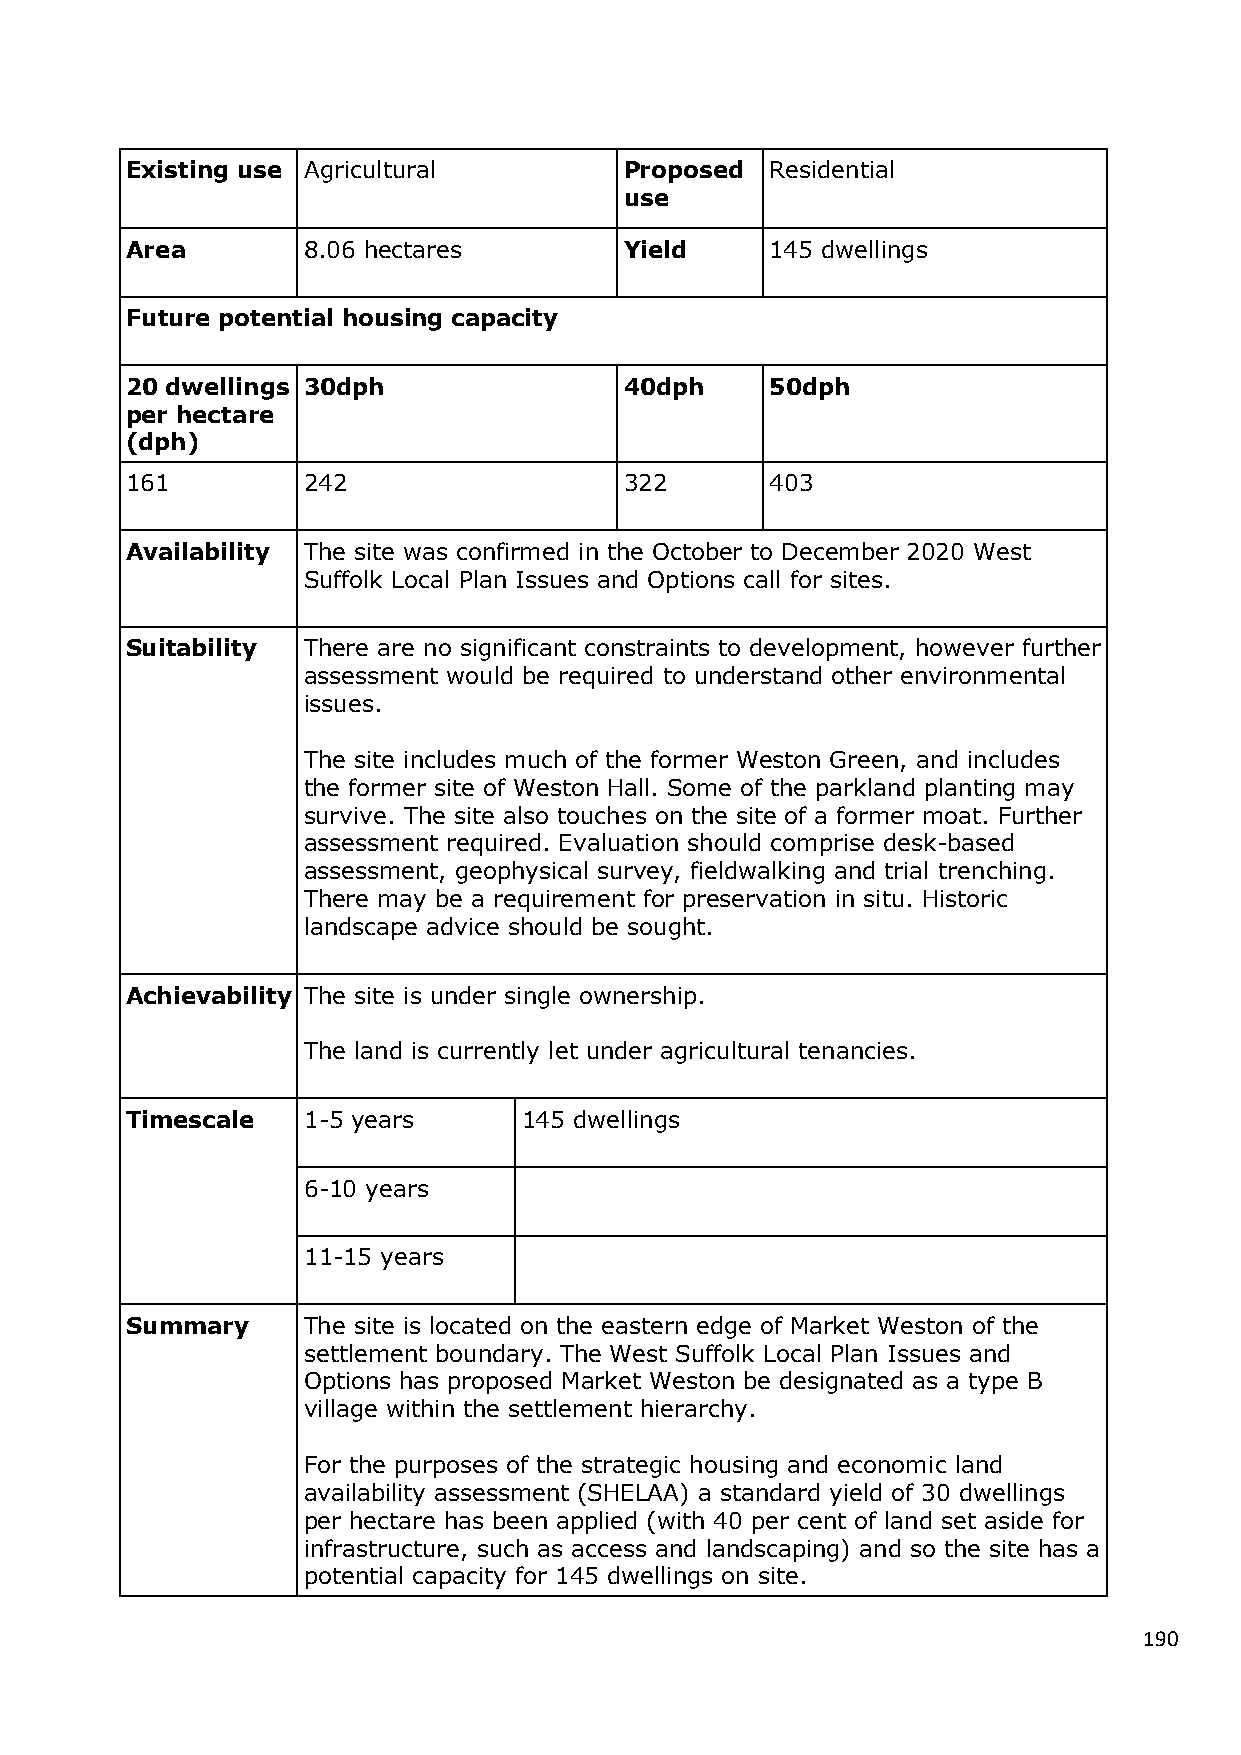
Existing use Agricultural        Proposed  Residential
 use
 Area        8.06 hectares        Yield     145 dwellings
 Future potential housing capacity
 20 dwellings 30dph               40dph     50dph
 per hectare
 (dph)
 161         242                  322       403
 Availability The site was confirmed in the October to December 2020 West
 Suffolk Local Plan Issues and Options call for sites.
 Suitability There are no significant constraints to development, however further
 assessment would be required to understand other environmental
 issues.
 The site includes much of the former Weston Green, and includes
 the former site of Weston Hall. Some of the parkland planting may
 survive. The site also touches on the site of a former moat. Further
 assessment required. Evaluation should comprise desk-based
 assessment, geophysical survey, fieldwalking and trial trenching.
 There may be a requirement for preservation in situ. Historic
 landscape advice should be sought.
 Achievability The site is under single ownership.
 The land is currently let under agricultural tenancies.
 Timescale   1-5 years      145 dwellings
 6-10 years
 11-15 years
 Summary     The site is located on the eastern edge of Market Weston of the
 settlement boundary. The West Suffolk Local Plan Issues and
 Options has proposed Market Weston be designated as a type B
 village within the settlement hierarchy.
 For the purposes of the strategic housing and economic land
 availability assessment (SHELAA) a standard yield of 30 dwellings
 per hectare has been applied (with 40 per cent of land set aside for
 infrastructure, such as access and landscaping) and so the site has a
 potential capacity for 145 dwellings on site.
 190